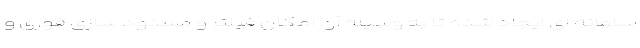
سامانه ای ایجاد شده تا به وسیله آن امکان فیلتر و مسدود سازی فوری و